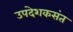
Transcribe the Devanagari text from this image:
उपदेशकसंत